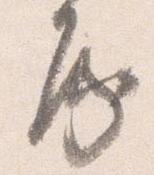
房